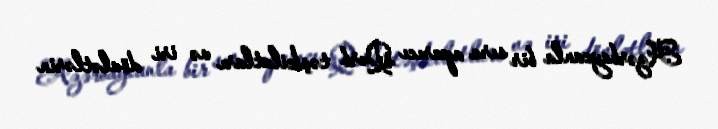
Azərbaycanla bir sıra aparıcı Qərb təşkilatları və iri dövlətlərin